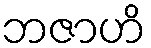
ဘဇာဟိ